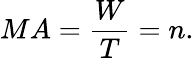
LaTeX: MA={\frac{W}{T}}=n.